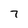
Character: 7